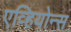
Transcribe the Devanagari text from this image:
एव्हियोन्स